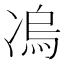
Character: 𭂛